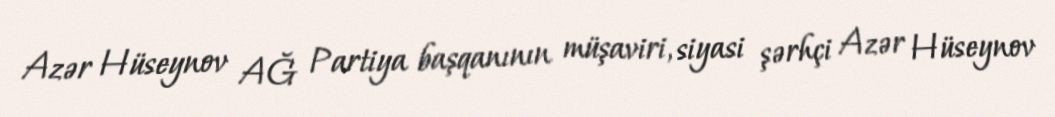
Azər Hüseynov AĞ Partiya başqanının müşaviri, siyasi şərhçi Azər Hüseynov